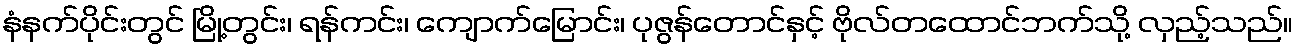
နံနက်ပိုင်းတွင် မြို့တွင်း၊ ရန်ကင်း၊ ကျောက်မြောင်း၊ ပုဇွန်တောင်နှင့် ဗိုလ်တထောင်ဘက်သို့ လှည့်သည်။